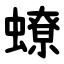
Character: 蟟